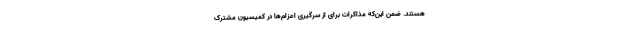
هستند. ضمن این‌که مذاکرات برای از سرگیری اعزام‌ها در کمیسیون مشترک